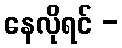
နေလိုရင် -